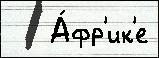
   А́фр'ик'е